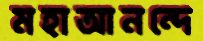
মহাআনন্দে